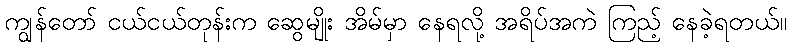
ကျွန်တော် ငယ်ငယ်တုန်းက ဆွေမျိုး အိမ်မှာ နေရလို့ အရိပ်အကဲ ကြည့် နေခဲ့ရတယ်။